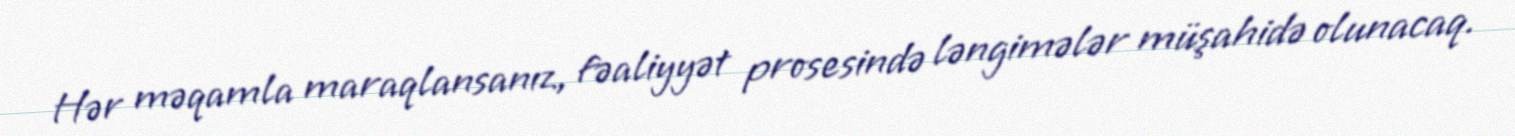
Hər məqamla maraqlansanız, fəaliyyət prosesində ləngimələr müşahidə olunacaq.